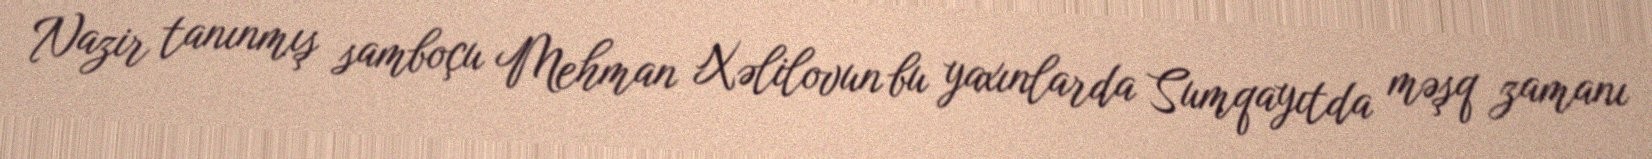
Nazir tanınmış samboçu Mehman Xəlilovun bu yaxınlarda Sumqayıtda məşq zamanı